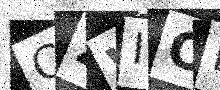
Text: CZWIOE